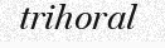
trihoral